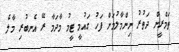
ތަމްރީން ދަތުރު ނިންމާލުމަށް ފަހު ގައުމީ ޓީމު މާދަމާ ރޭ އެނބުރި މާލެ